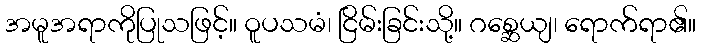
အမူအရာကိုပြုသဖြင့်။ ဝူပသမံ၊ ငြိမ်းခြင်းသို့။ ဂစ္ဆေယျ၊ ရောက်ရာ၏။